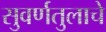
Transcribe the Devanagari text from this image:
सुवर्णतुलाचे